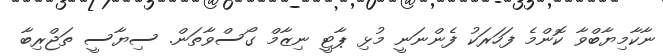
ނާކާމިޔާބްވާ ކޮންމެ ފަހަރަކު ފެންނަނީ މުޅި ޕާޓީ ނިޒާމް ގޯސްވާތަން. ސިޔާސީ ތަޖްރިބާ